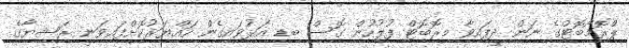
ޕްރޮމޯބޮޓްގެ ނަން ދީފައިވާ މިރޮބޮޓް ފުލުހުން ގޮސް ބިޑި އަޅުވައިގެން ހައްޔަރުކޮށްފައިވަނީ ރަޝިޔާގެ